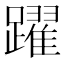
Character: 躍